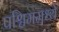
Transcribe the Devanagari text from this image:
पश्चिममध्ये